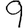
Digit: 9